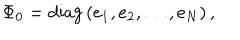
LaTeX: \Phi _ { 0 } = \mathrm { d i a g } \, ( e _ { 1 } , e _ { 2 } , \ldots , e _ { N } ) \, ,